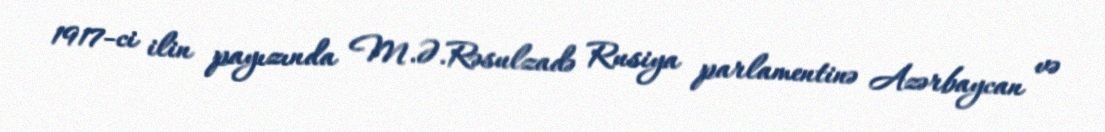
1917-ci ilin payızında M.Ə.Rəsulzadə Rusiya parlamentinə Azərbaycan və